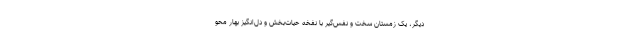
دیگر، یک زمستان سخت و نفس‌گیر با نفخه حیات‌بخش و دل‌انگیز بهار محو